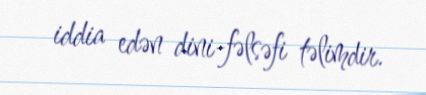
iddia edən dini-fəlsəfi təlimdir.